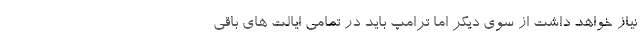
نیاز خواهد داشت از سوی دیگر اما ترامپ باید در تمامی ایالت های باقی